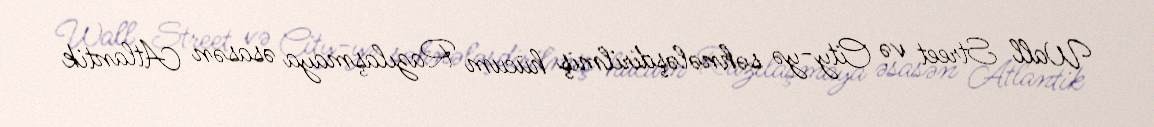
Wall Street və City-yə səhnələşdirilmiş hücum Razılaşmaya əsasən Atlantik